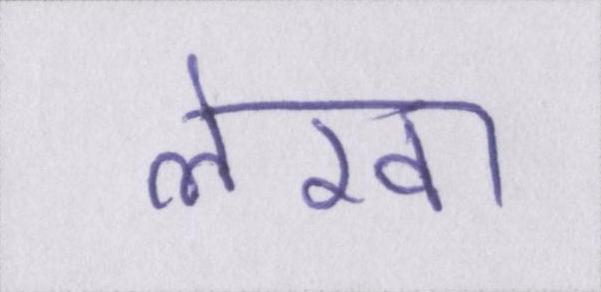
लेखा